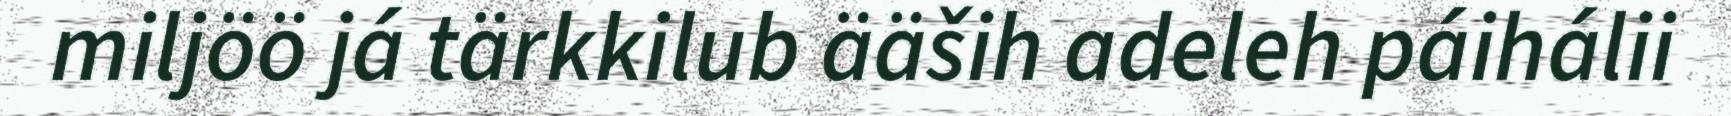
miljöö já tärkkilub ääših adeleh páihálii